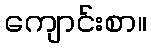
ကျောင်းစာ။